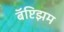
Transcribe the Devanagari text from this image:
बॅप्टिझम